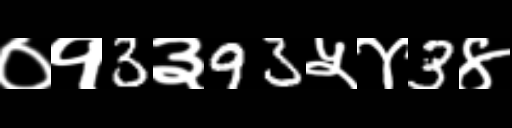
Text: ०१3३93५४3४